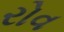
રોવ